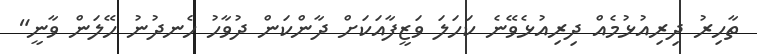
ތާހިރު ދިރިއުޅުމެއް ދިރިއުޅެވޭނެ ކަހަލަ ވަޒީފާއަކަށް ދާންކަން ދުވާހު ހެނދުނު ހޭލަން ވާނީ"